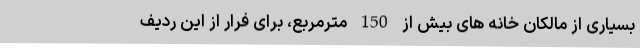
بسیاری از مالکان خانه های بیش از 150 مترمربع، برای فرار از این ردیف